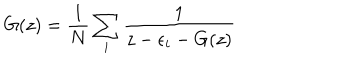
G ( z ) = { \frac { 1 } { N } } \sum _ { i } { \frac { 1 } { z - \epsilon _ { i } - G ( z ) } }